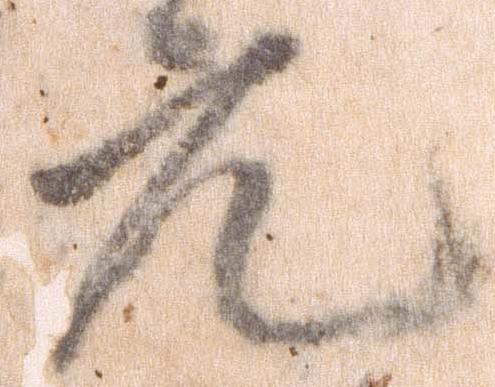
元